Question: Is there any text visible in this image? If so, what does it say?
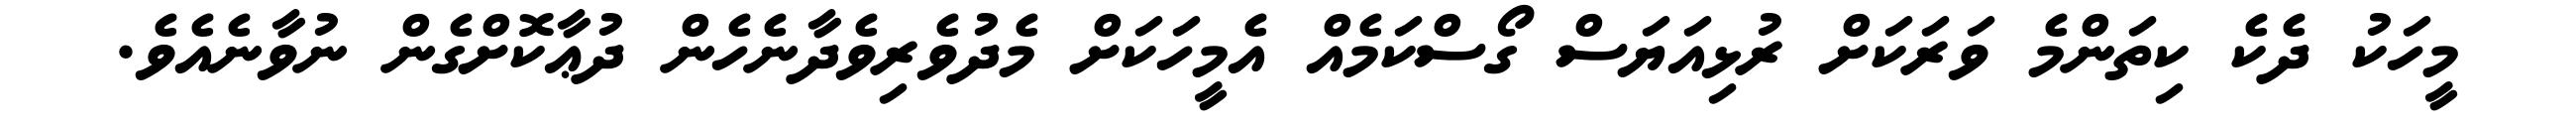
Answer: މީހަކު ދެކެ ކިތަންމެ ވަރަކަށް ރުޅިއަޔަސް ގޯސްކަމެއް އެމީހަކަށް މެދުވެރިވެދާނެހެން ދުޢާކޮށްގެން ނުވާނެއެވެ.